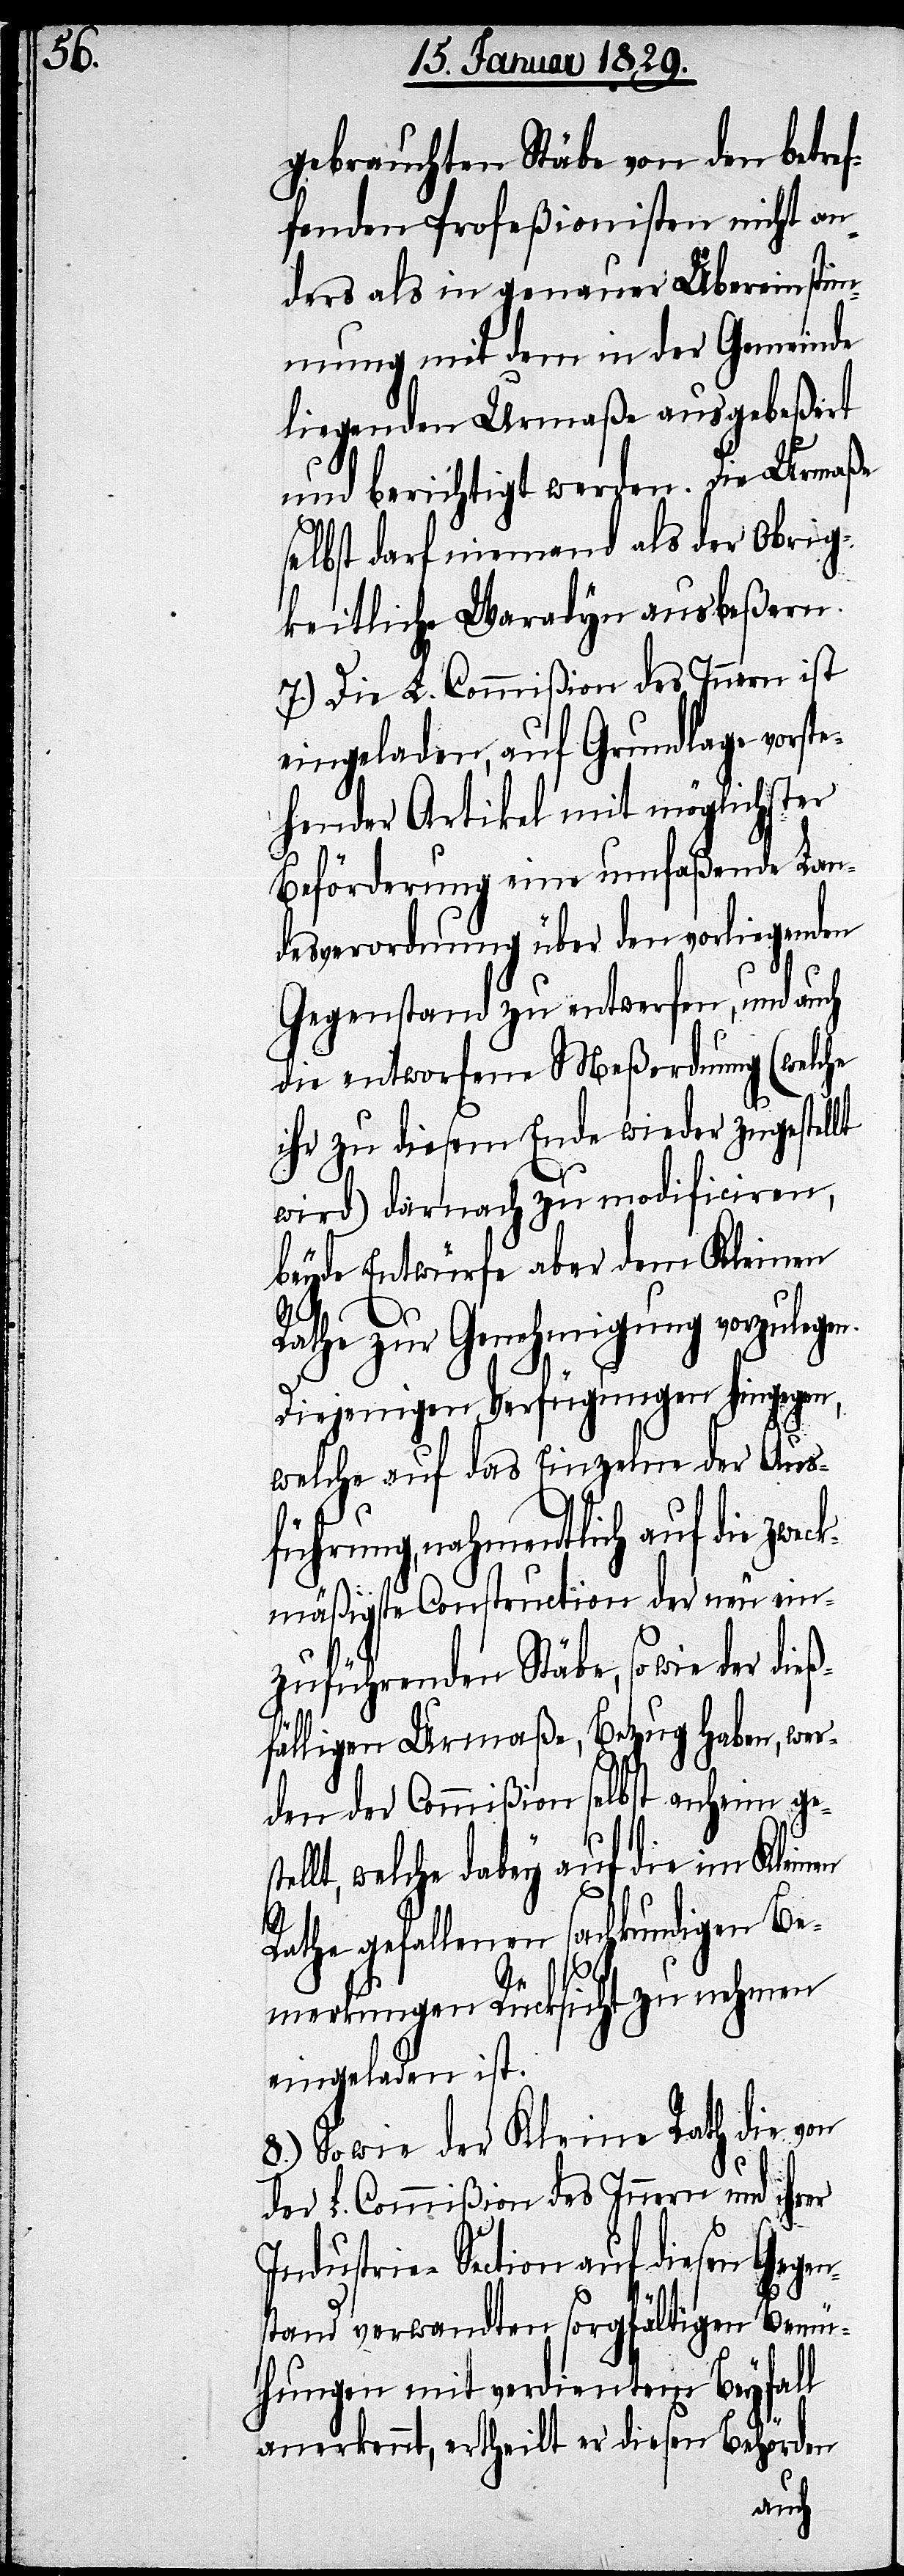
gebrauchten Stäbe von den betref¬
fenden Profeßionisten nicht an¬
ders als in genauer Übereinstim¬
mung mit dem in der Gemeinde
liegenden Urmaße ausgebeßert
und berichtigt werden. Die Urmaße
selbst darf niemand als der Obrig¬
keitliche Waradyn ausbeßern.
7.) Die L. Commißion des Innern ist
eingeladen, auf Grundlage vorst¬
ehender Artikel mit möglichster
Beförderung eine umfaßende Lan¬
desverordnung über den vorliegenden
Gegenstand zu entwerfen, und auch
die entworfene Meßordnung (welche
ihr zu diesem Ende wieder zugestellt
wird) darnach zu modificiren,
beyde Entwürfe aber dem Kleinen
n¬
Rathe zur Genehmigung vorzulegen.
Diejenigen Verfügungen hingegen,
welche auf das Einzelne der Aus¬
führung, nahmentlich auf die zwec¬
kmäßigste Construction der neu ein¬
zuführenden Stäbe, so wie der
fälligen Urmaße, Bezug haben, wer¬
den der Commißion selbst anheim ge¬
ellt, welche dabey auf die im Kleinen
Rathe gefallenen fachkundigen Be¬
merkungen Rücksicht zu nehmen
eingeladen ist.
8.) Sowie der Kleine Rath die von
der L. Commißion des Innern und ihrer
ndustrie-Section auf diesen Gege¬
stand verwandten sorgfältigen Bemü¬
hungen mit verdienten Beyfall
anerkennt, ertheilt er diesen Behörden
st¬